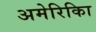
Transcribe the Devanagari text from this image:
अमेरिकिा